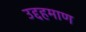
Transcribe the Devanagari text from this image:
उद्दहमाण